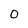
Character: 0